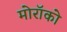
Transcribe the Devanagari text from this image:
मोरॉको